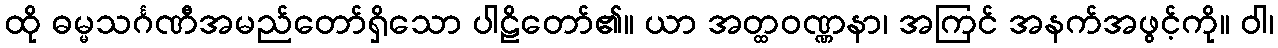
ထို ဓမ္မသင်္ဂဏီအမည်တော်ရှိသော ပါဠိတော်၏။ ယာ အတ္ထဝဏ္ဏနာ၊ အကြင် အနက်အဖွင့်ကို။ ဝါ၊